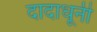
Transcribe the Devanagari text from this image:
दादाधूनी